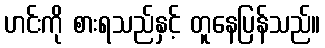
ဟင်းကို စားရသည်နှင့် တူနေပြန်သည်။